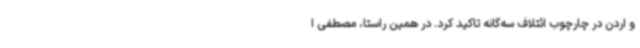
و اردن در چارچوب ائتلاف سه‌گانه تاکید کرد. در همین راستا، مصطفی ا